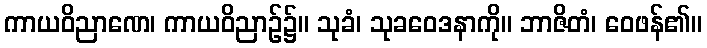
ကာယဝိညာဏေ၊ ကာယဝိညာဉ်၌။ သုခံ၊ သုခဝေဒနာကို။ ဘာဇိတံ၊ ဝေဖန်၏။